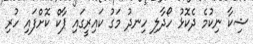
ޝިކާ ނިކުމެ ދެކޮޅު ހޯދާލި ހިނދު މަގު ކައިރީގައި ޕާކް ކޮށްފައި ހުރި